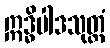
ဣဒ္ဓိပါဒသုတ္တံ